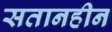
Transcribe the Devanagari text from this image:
सतानहीन